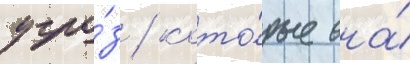
угро́з / кото́рые она́